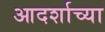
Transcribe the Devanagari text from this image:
आदर्शाच्‍या